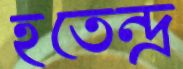
হতেন্দ্র